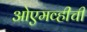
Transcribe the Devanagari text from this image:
ओएमव्हीची